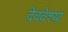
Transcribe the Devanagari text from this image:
देववेश्या